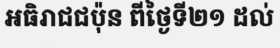
អធិរាជជប៉ុន ពីថ្ងៃទី២១ ដល់